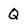
Character: Q